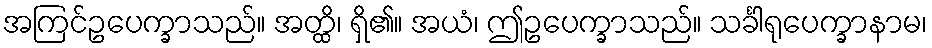
အကြင်ဥပေက္ခာသည်။ အတ္ထိ၊ ရှိ၏။ အယံ၊ ဤဥပေက္ခာသည်။ သင်္ခါရုပေက္ခာနာမ၊